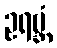
ဥရဗ္ဘံ